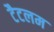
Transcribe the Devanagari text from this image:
टैटलम